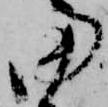
田